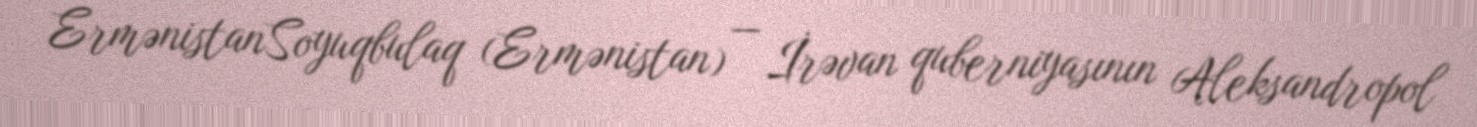
ErmənistanSoyuqbulaq (Ermənistan) — İrəvan quberniyasının Aleksandropol